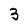
Character: 3